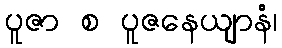
ပူဇာ စ ပူဇနေယျာနံ၊